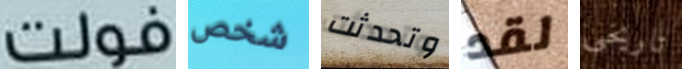
فولت شخص وتحدثت لقد تاريخي